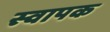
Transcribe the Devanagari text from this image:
स्‍वापक